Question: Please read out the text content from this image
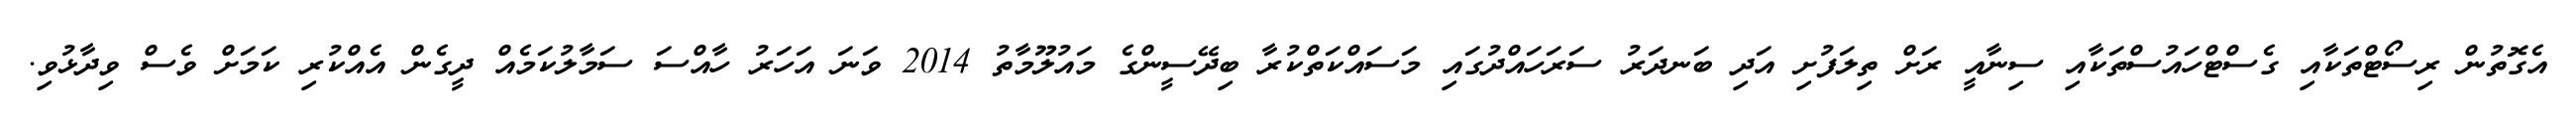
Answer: އެގޮތުން ރިސޯޓްތަކާއި ގެސްޓްހައުސްތަކާއި ސިނާއީ ރަށް ތިލަފުށި އަދި ބަނދަރު ސަރަހައްދުގައި މަސައްކަތްކުރާ ބިދޭސީންގެ މައުލޫމާތު 2014 ވަނަ އަހަރު ހާއްސަ ސަމާލުކަމެއް ދީގެން އެއްކުރި ކަމަށް ވެސް ވިދާޅުވި.